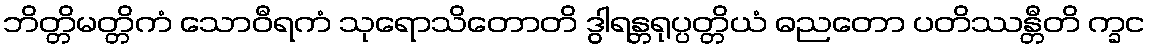
ဘိတ္တိမတ္တိကံ သောဝီရကံ သုရောသိတောတိ ဒွါရန္တရုပ္ပတ္တိယံ ဓညတော ပတိဿန္တီတိ က္ခင